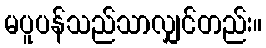
မပူပန်သည်သာလျှင်တည်း။